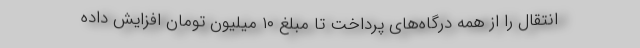
انتقال را از همه درگاه‌های پرداخت تا مبلغ ۱۰ میلیون تومان افزایش داده